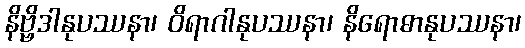
နိဗ္ဗိဒါနုပဿနာ၊ ဝိရာဂါနုပဿနာ၊ နိရောဓာနုပဿနာ၊